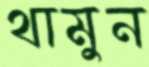
থামুন